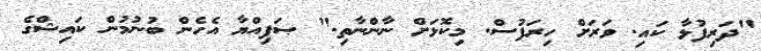
"ދަރިފުޅާ ކައި. ވަރަށް ހިރަފުސް. މިކޮޅަށް ނާންނާތި." ޞަފިއްޔާ އެހެން ބުނުމުން ކައިޝްގެ